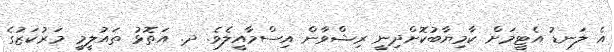
އެ ލަނޑު އެޓީމަށް ކާމިޔާބުކޮށްދިނީ ރިޝްވާން އިސްމާއީލެވެ. ދ. އަތޮޅު ތައުލީމީ މަރުކަޒުގެ